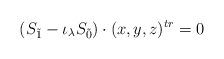
LaTeX: \begin{align*}(S_{\tilde{1}}- \iota_\lambda S_{\tilde{0}})\cdot (x,y,z)^{tr}=0\end{align*}